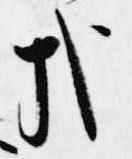
哉